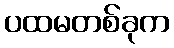
ပထမတစ်ခုက